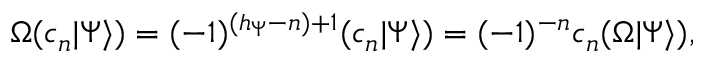
\Omega ( c _ { n } | \Psi \rangle ) = ( - 1 ) ^ { ( h _ { \Psi } - n ) + 1 } ( c _ { n } | \Psi \rangle ) = ( - 1 ) ^ { - n } c _ { n } ( \Omega | \Psi \rangle ) ,